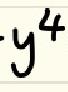
$y^{4}$